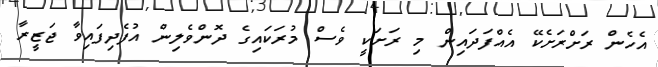
އެހެން ރަށްރަށެކޭ އެއްފަދައިން މި ރަށަކީ ވެސް މުރަކައިގެ ދޮންވެލިން އުފެދިފައިވާ ޖަޒީރާ